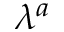
\lambda ^ { a }